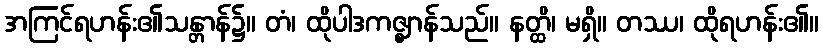
အကြင်ရဟန်း၏သန္တာန်၌။ တံ၊ ထိုပါဒကဇ္ဈာန်သည်။ နတ္ထိ၊ မရှိ။ တဿ၊ ထိုရဟန်း၏။